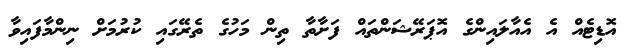
އޮޑިޓެއް އެ އެއާލައިންގެ އޮޕަރޭޝަންތައް ފަށާތާ ތިން މަހުގެ ތެރޭގައި ކުރުމަށް ނިންމާފައިވާ